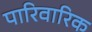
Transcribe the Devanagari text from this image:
पारिवारिक